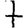
Digit: 7